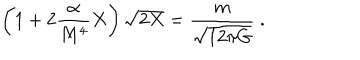
LaTeX: \left( 1 + 2 \frac { \alpha } { M ^ { 4 } } X \right) \sqrt { 2 X } = \frac { m } { \sqrt { 1 2 \pi G } } ~ .